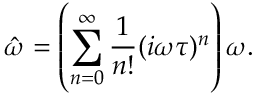
\hat { \omega } = \left( \sum _ { n = 0 } ^ { \infty } \frac { 1 } { n ! } ( i \omega \tau ) ^ { n } \right) \omega .